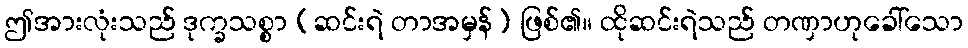
ဤအားလုံးသည် ဒုက္ခသစ္စာ (ဆင်းရဲ တာအမှန်) ဖြစ်၏။ ထိုဆင်းရဲသည် တဏှာဟုခေါ်သော